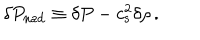
LaTeX: \delta P _ { \mathrm { n a d } } \equiv \delta P - c _ { \mathrm { s } } ^ { 2 } \delta \rho \, .